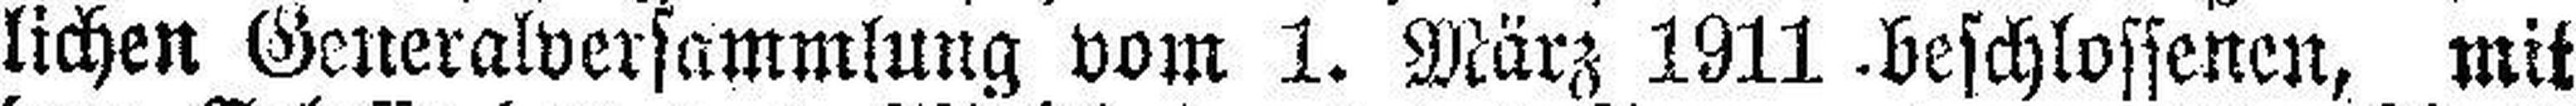
lichen Generalversammlung vom 1. März 1911-beschlossenen, mit